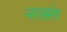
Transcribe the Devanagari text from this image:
नरसंग